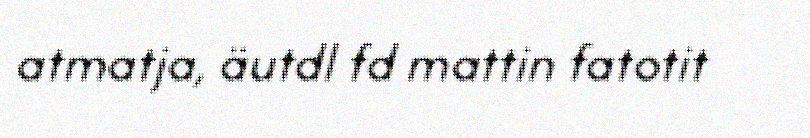
atmatja, äutdl fd mattin fatotit